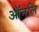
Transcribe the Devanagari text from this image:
ऑनलि